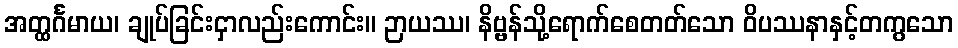
အတ္ထင်္ဂမာယ၊ ချုပ်ခြင်းငှာလည်းကောင်း။ ဉာယဿ၊ နိဗ္ဗန်သို့ရောက်စေတတ်သော ဝိပဿနာနှင့်တကွသော